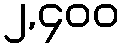
၂,၄၀၀